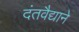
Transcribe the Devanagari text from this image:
दंतवैद्याने